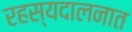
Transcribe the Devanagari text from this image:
रहस्यदालनात